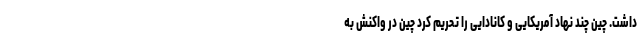
داشت. چین چند نهاد آمریکایی و کانادایی را تحریم کرد چین در واکنش به